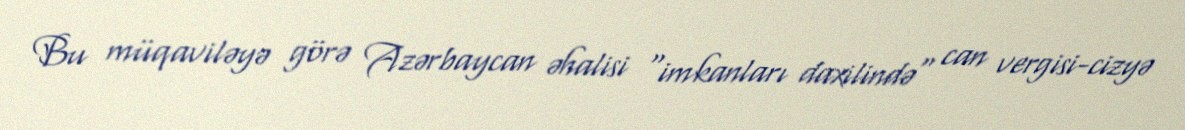
Bu müqaviləyə görə Azərbaycan əhalisi "imkanları daxilində" can vergisi-cizyə